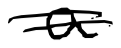
Text: a
Cross-out: double-line
Writing tool: digital_black